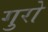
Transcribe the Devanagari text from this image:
गुरो